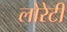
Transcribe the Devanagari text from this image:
लोरेटी